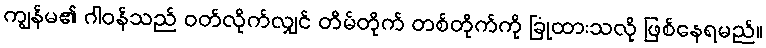
ကျွန်မ၏ ဂါဝန်သည် ဝတ်လိုက်လျှင် တိမ်တိုက် တစ်တိုက်ကို ခြုံထားသလို ဖြစ်နေရမည်။